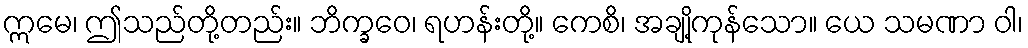
ဣမေ၊ ဤသည်တို့တည်း။ ဘိက္ခဝေ၊ ရဟန်းတို့။ ကေစိ၊ အချို့ကုန်သော။ ယေ သမဏာ ဝါ၊